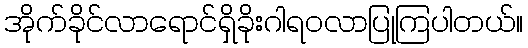
အိုက်ခိုင်လာရောင်ရှိခိုးဂါရဝလာပြုကြပါတယ်။